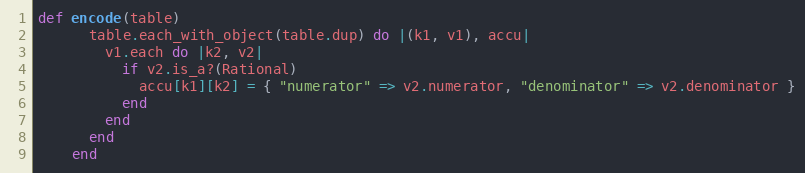
Language: Ruby
def encode(table)
      table.each_with_object(table.dup) do |(k1, v1), accu|
        v1.each do |k2, v2|
          if v2.is_a?(Rational)
            accu[k1][k2] = { "numerator" => v2.numerator, "denominator" => v2.denominator }
          end
        end
      end
    end